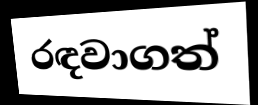
රඳවාගත්